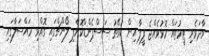
ވާދަވެރި ޓީމުތައް މޮޅުވެއްޖެ ފީފާ އިން ކުވޭތު ސަސްޕެންޑްކޮށްފި ލޯންޗްގައި ގޮއްވި މައްސަލާގައި